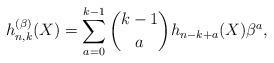
LaTeX: \begin{gather*}h_{n,k}^{(\beta)}(X) = \sum_{a=0}^{k-1} {k-1 \choose a} h_{n-k+a}(X)\beta^{a},\end{gather*}